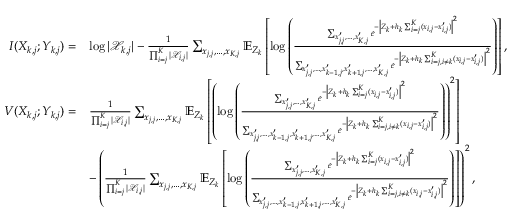
\begin{array} { r l } { I ( X _ { k , j } ; Y _ { k , j } ) = } & { \log | \mathcal { X } _ { k , j } | - \frac { 1 } { \prod _ { i = j } ^ { K } | \mathcal { X } _ { i , j } | } \sum _ { x _ { j , j } , \ldots , x _ { K , j } } \mathbb { E } _ { Z _ { k } } \left[ \log \left( \frac { \sum _ { x _ { j , j } ^ { \prime } , \ldots , x _ { K , j } ^ { \prime } } e ^ { - \left| Z _ { k } + h _ { k } \sum _ { i = j } ^ { K } ( x _ { i , j } - x _ { i , j } ^ { \prime } ) \right| ^ { 2 } } } { \sum _ { x _ { j , j } ^ { \prime } , \ldots , x _ { k - 1 , j } ^ { \prime } , x _ { k + 1 , j } ^ { \prime } , \ldots , x _ { K , j } ^ { \prime } } e ^ { - \left| Z _ { k } + h _ { k } \sum _ { i = j , i \neq k } ^ { K } ( x _ { i , j } - x _ { i , j } ^ { \prime } ) \right| ^ { 2 } } } \right) \right] , } \\ { V ( X _ { k , j } ; Y _ { k , j } ) = } & { \frac { 1 } { \prod _ { i = j } ^ { K } | \mathcal { X } _ { i , j } | } \sum _ { x _ { j , j } , \ldots , x _ { K , j } } \mathbb { E } _ { Z _ { k } } \left[ \left( \log \left( \frac { \sum _ { x _ { j , j } ^ { \prime } , \ldots , x _ { K , j } ^ { \prime } } e ^ { - \left| Z _ { k } + h _ { k } \sum _ { i = j } ^ { K } ( x _ { i , j } - x _ { i , j } ^ { \prime } ) \right| ^ { 2 } } } { \sum _ { x _ { j , j } ^ { \prime } , \ldots , x _ { k - 1 , j } ^ { \prime } , x _ { k + 1 , j } ^ { \prime } , \ldots , x _ { K , j } ^ { \prime } } e ^ { - \left| Z _ { k } + h _ { k } \sum _ { i = j , i \neq k } ^ { K } ( x _ { i , j } - x _ { i , j } ^ { \prime } ) \right| ^ { 2 } } } \right) \right) ^ { 2 } \right] } \\ & { - \left( \frac { 1 } { \prod _ { i = j } ^ { K } | \mathcal { X } _ { i , j } | } \sum _ { x _ { j , j } , \ldots , x _ { K , j } } \mathbb { E } _ { Z _ { k } } \left[ \log \left( \frac { \sum _ { x _ { j , j } ^ { \prime } , \ldots , x _ { K , j } ^ { \prime } } e ^ { - \left| Z _ { k } + h _ { k } \sum _ { i = j } ^ { K } ( x _ { i , j } - x _ { i , j } ^ { \prime } ) \right| ^ { 2 } } } { \sum _ { x _ { j , j } ^ { \prime } , \ldots , x _ { k - 1 , j } ^ { \prime } , x _ { k + 1 , j } ^ { \prime } , \ldots , x _ { K , j } ^ { \prime } } e ^ { - \left| Z _ { k } + h _ { k } \sum _ { i = j , i \neq k } ^ { K } ( x _ { i , j } - x _ { i , j } ^ { \prime } ) \right| ^ { 2 } } } \right) \right] \right) ^ { 2 } , } \end{array}